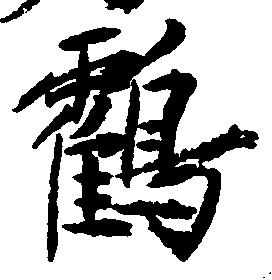
鶴